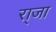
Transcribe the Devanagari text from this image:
रा्जा